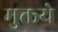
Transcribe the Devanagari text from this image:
मुक्तये